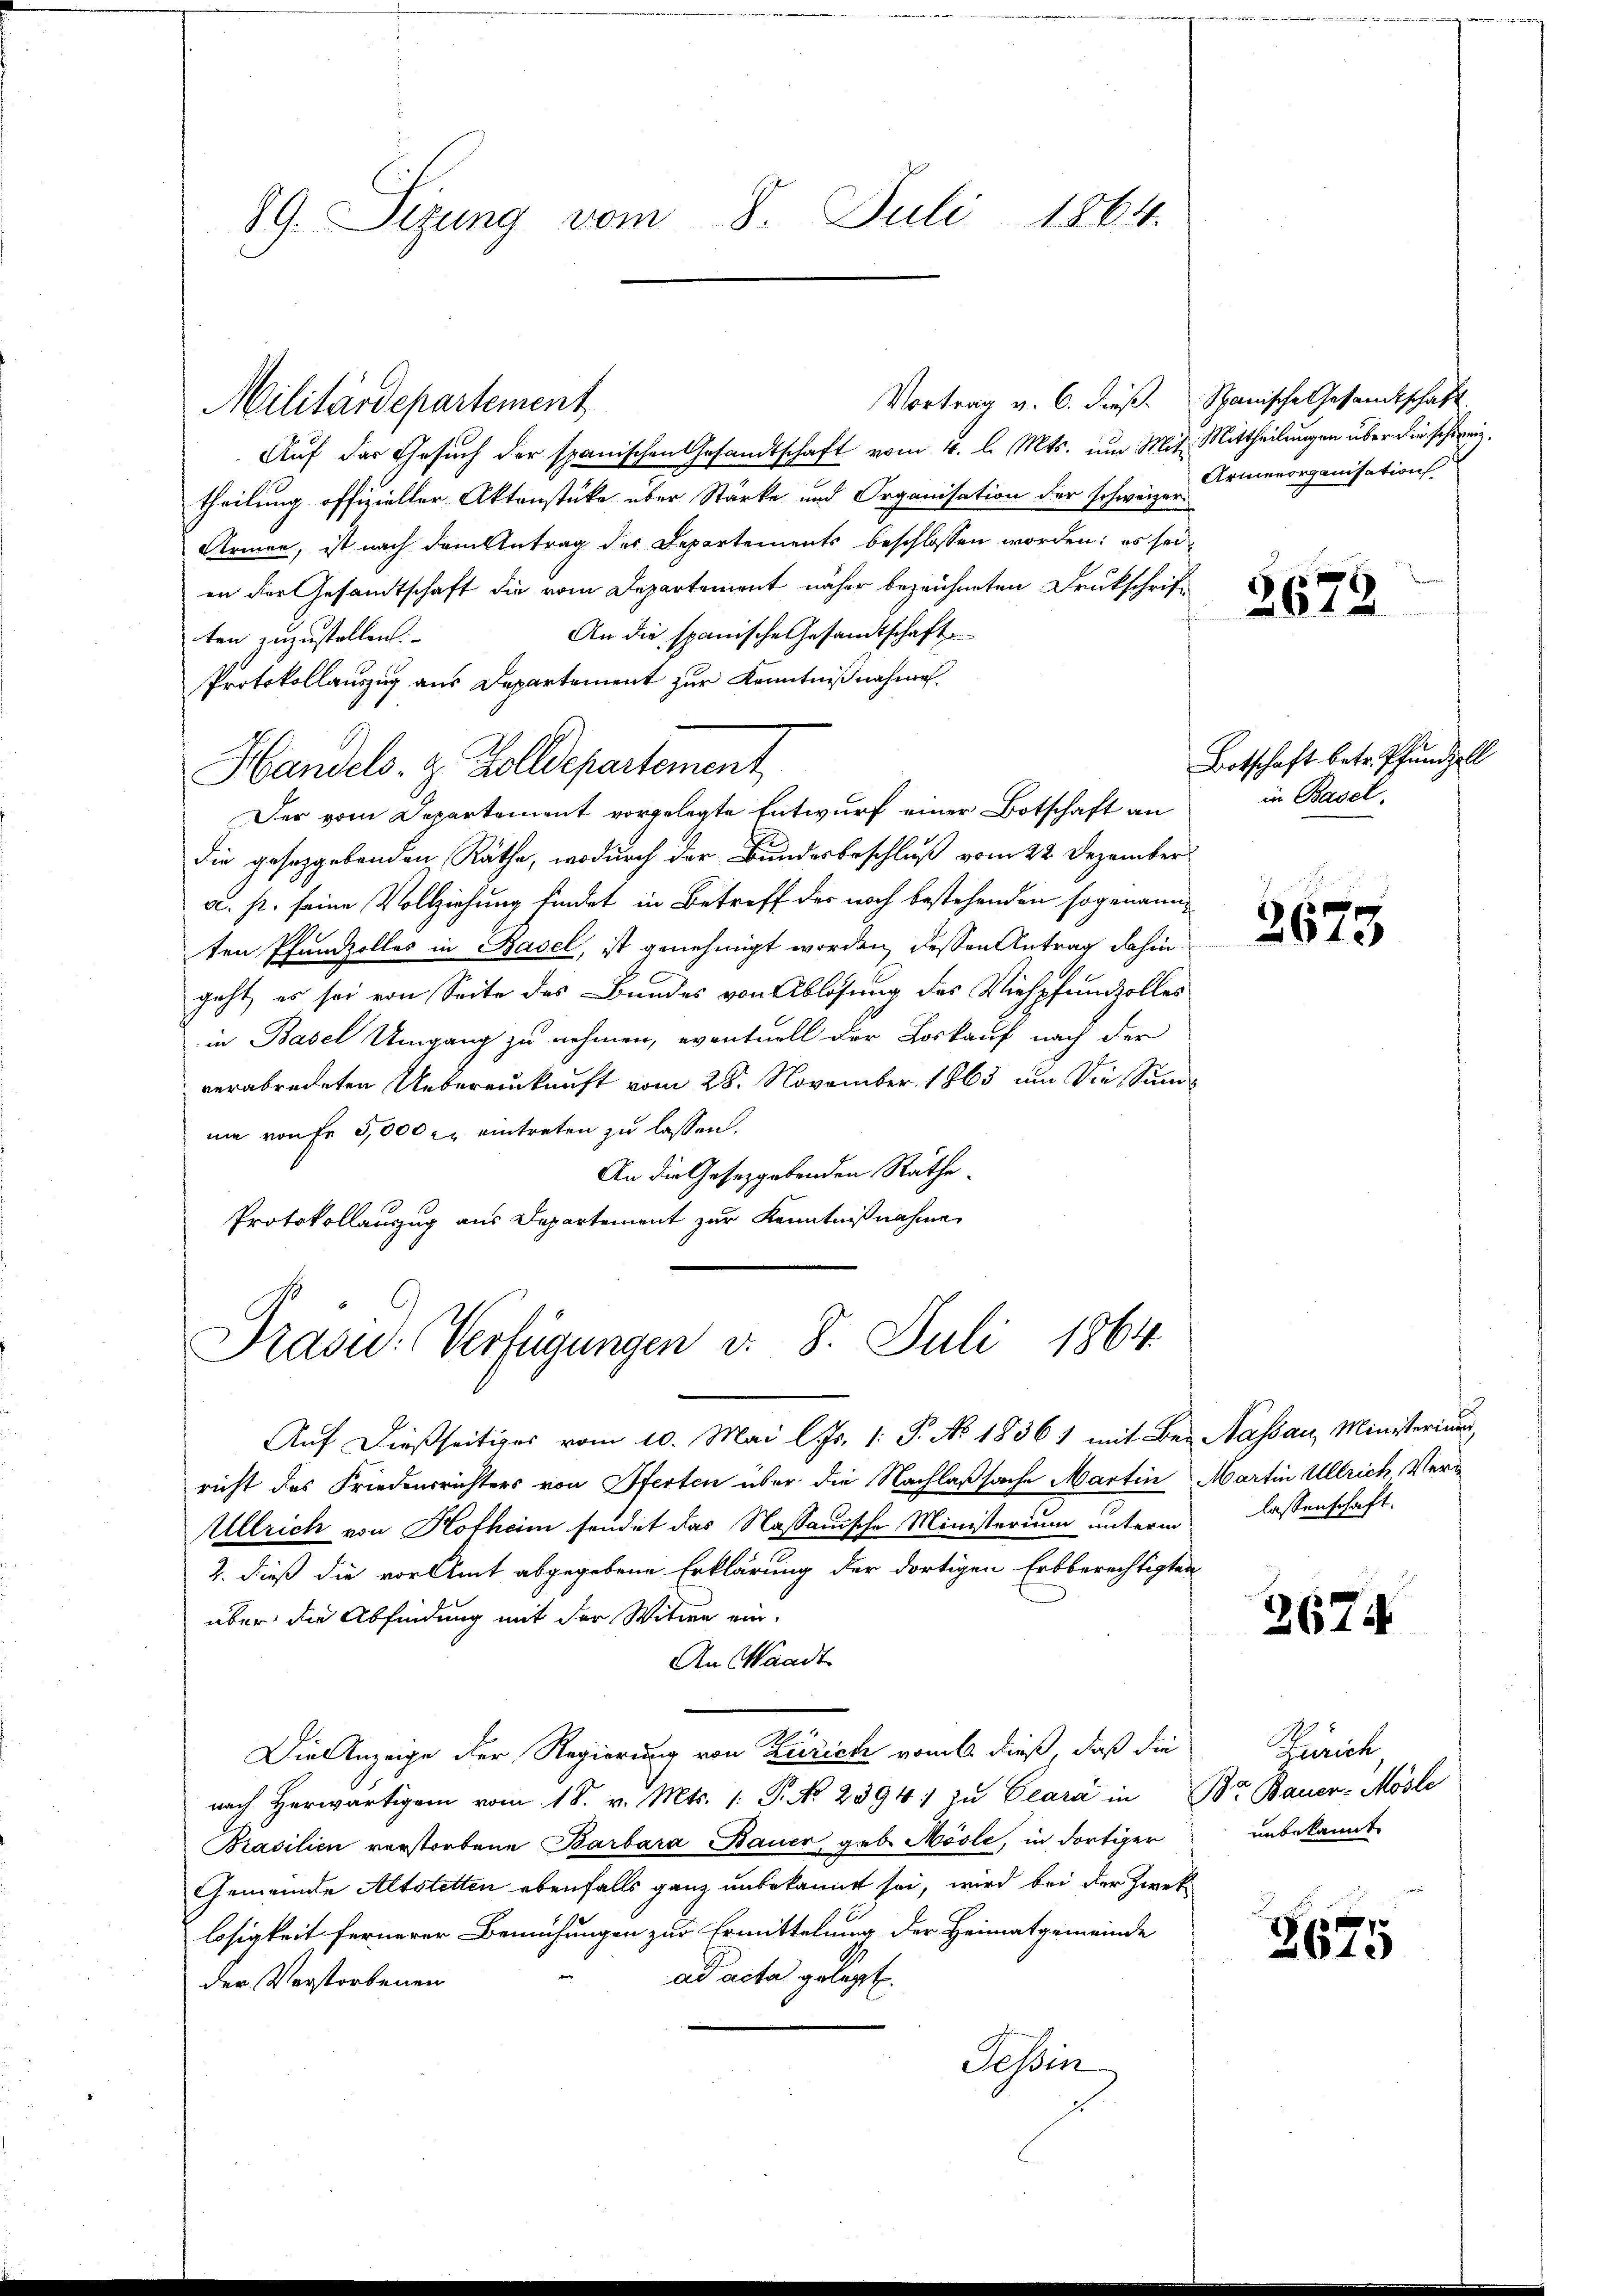
89. Sizung vom 8. Juli 1864.

Auf der Gesuch der spanischen Gesandtschaft vom 4. l. Mts. um Mit. Mittheilungen über die schweiz.
theilung offizieller Aktenstüke über Stärke und Organisation der schweizer
Armen, ist nach dem Antrag des Departements beschlossen worden: es seien der Gesandtschaft die vom Departement näher bezeichneten Drukschrift
An die spanische Gesandtschaft
ten zuzustellen.
Protokollauszug aus Departement zur Kenntnißnahme
Handels- & Zolldepartement
Der vom Departement vorgelegte Entwurf einer Botschaft an
die gesetzgebenden Räthe, wodurch der Bundesbeschluß vom 22. Dezember
a. p. seine Vollziehung findet in Betreff der noch bestehenden sogenannten Pfandzolles in Basel, ist genehmigt worden, dessen Antrag dahin
geht, er sei von Seite des Bundes von Ablösung des Viehpfundzolles
in Basel Umgang zu nehmen, eventuell der Loskauf nach der
verabredeten Uebereinkunft vom 28. November 1865 um die Sumni von fr 5,000 r. eintreten zu lassen.
An die Gesetzgebenden Räthe
Protokollanzug aus Departement zur Kenntnißnahme

Militärdepartement

Präsid.: Verfügungen v. 8. Juli 1864.

Auf dießseitiges vom 10. Mai l. Js. 1. P. No 1836 1 mit Bei Nassau, Ministerium,
richt des Friedensrichters von Pferten über die Nachlaßsache Martin Martin Ullrich Vera
Ullrich von Hofheim sendet das Nassauische Ministerium unterm
2. dieß die vor Amt abgegebene Erklärung der dortigen Erbberechtigten
über die Abfindung mit der Witwe ein-
An Waadt
Die Anzeige der Regierung von Zürich vom 6. dieß, daß die
nach herwärtigen vom 18. v. Mts. 1. P. No. 2394. zu Clara in Br. Bauer-Mosle
Brasilien verstorbene Barbara Bauer geb. Mösle, in dortiger
Gemeinde Altstetten ebenfalls ganz unbekannt sei, wird bei der Zwek
losigkeit fernerer Bemühungen zur Ermittelung der Heimatgemeinde
ad acta gelegt.
der Verstorbenen
Tessin

Vortrag v. 6. dieß. Spanische Gesandtschaft
Armenorganisation

2673

Botschaft betr. Pfundzell
in Basel,

3675

lassenschaft.

2671

Zürich
unbekannt

3675